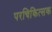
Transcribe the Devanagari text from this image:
परचिकित्सक